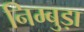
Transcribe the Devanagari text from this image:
निम्बुड़ा